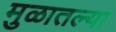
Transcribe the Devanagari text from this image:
मुळातल्या